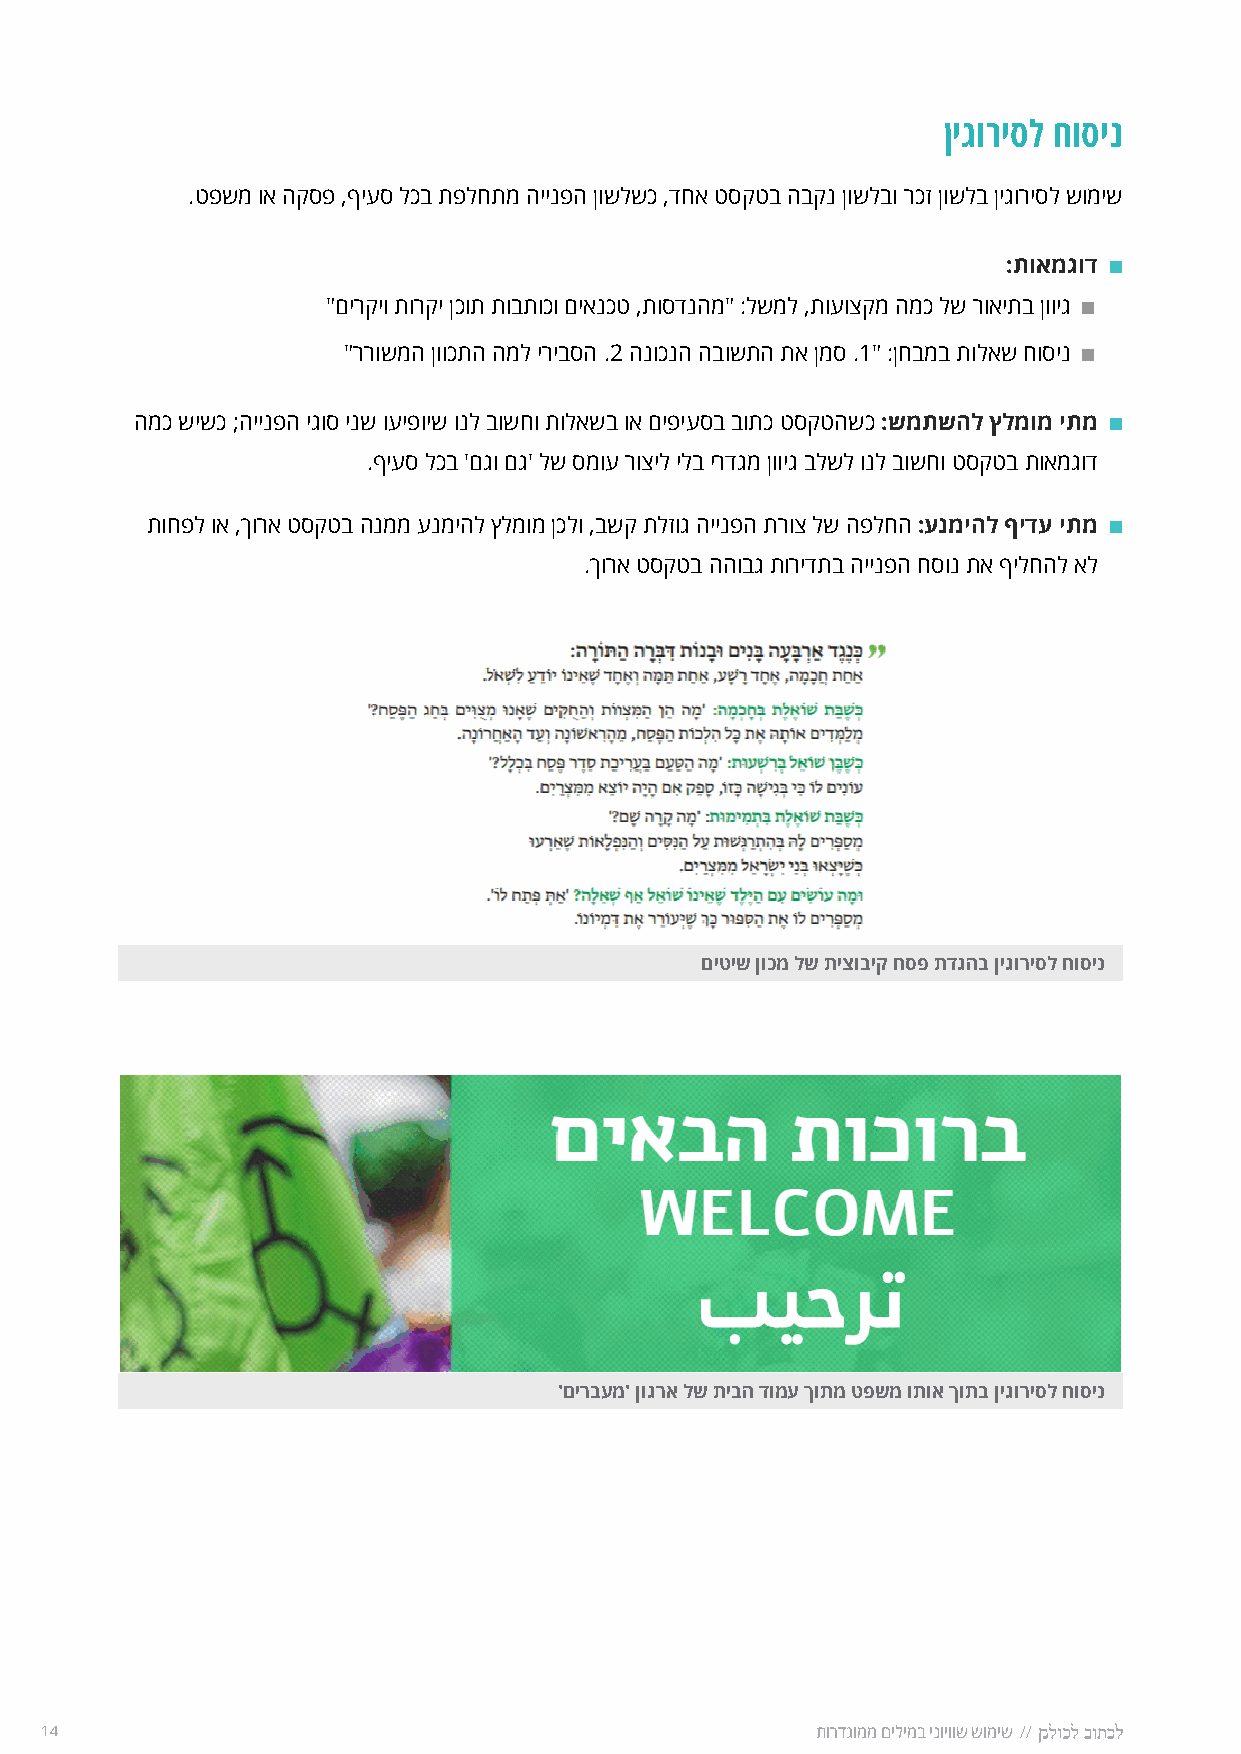
ןיגוריסל חוסינ
 .טפשמ וא הקספ ,ףיעס לכב תפלחתמ היינפה ןושלשכ ,דחא טסקטב הבקנ ןושלבו רכז ןושלב ןיגוריסל שומיש
 :תואמגוד
 "םירקיו תורקי ןכות תובתוכו םיאנכט ,תוסדנהמ" :לשמל ,תועוצקמ המכ לש רואיתב ןוויג
 "ררושמה ןווכתה המל יריבסה .2 הנוכנה הבושתה תא ןמס .1" :ןחבמב תולאש חוסינ
 המכ שישכ ;היינפה יגוס ינש ועיפויש ונל בושחו תולאשב וא םיפיעסב בותכ טסקטהשכ :שמתשהל ץלמומ יתמ
 �ףיעס לכב 'םגו םג' לש סמוע רוציל ילב ירדגמ ןוויג בלשל ונל בושחו טסקטב תואמגוד
 תוחפל וא ,ךורא טסקטב הנממ ענמיהל ץלמומ ןכלו ,בשק תלזוג היינפה תרוצ לש הפלחה :ענמיהל ףידע יתמ
 �ךורא טסקטב ההובג תורידתב היינפה חסונ תא ףילחהל אל
 םיטיש ןוכמ לש תיצוביק חספ תדגהב ןיגוריסל חוסינ
 'םירבעמ' ןוגרא לש תיבה דומע ךותמ טפשמ ותוא ךותב ןיגוריסל חוסינ
 14                                                 תורדגוממ םילימב ינויווש שומיש //